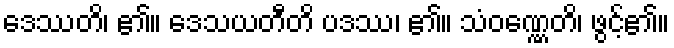
ဒေဿတိ၊ ၏။ ဒေသယတီတိ ပဒဿ၊ ၏။ သံဝဏ္ဏေတိ၊ ဖွင့်၏။